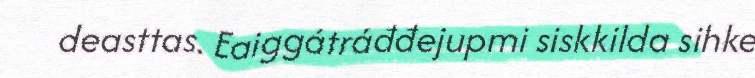
deasttas. Eaiggátráđđejupmi siskkilda sihke